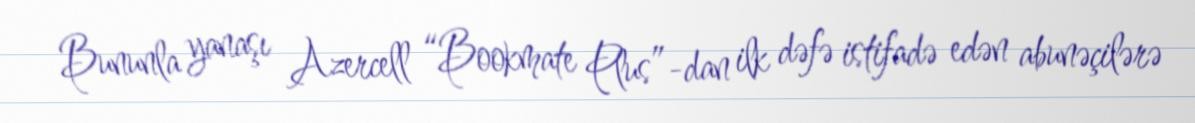
Bununla yanaşı Azercell “Bookmate Plus”-dan ilk dəfə istifadə edən abunəçilərə